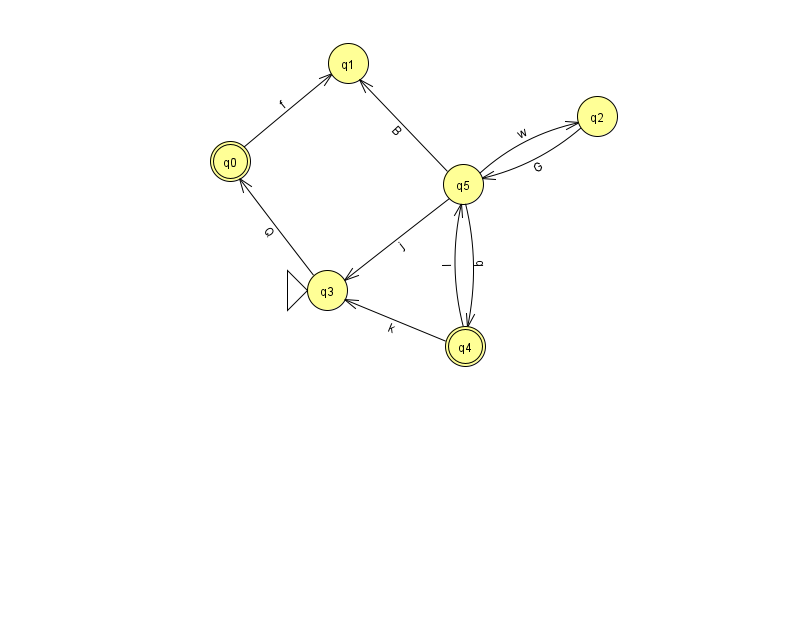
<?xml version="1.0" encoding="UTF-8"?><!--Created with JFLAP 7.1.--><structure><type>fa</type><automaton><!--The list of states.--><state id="0" name="q0"><x>230.0</x><y>148.0</y><final/></state><state id="1" name="q1"><x>348.0</x><y>50.0</y></state><state id="2" name="q2"><x>597.0</x><y>103.0</y></state><state id="3" name="q3"><x>327.0</x><y>277.0</y><initial/></state><state id="4" name="q4"><x>465.0</x><y>333.0</y><final/></state><state id="5" name="q5"><x>463.0</x><y>171.0</y></state><!--The list of transitions.--><transition><from>0</from><to>1</to><read>f</read></transition><transition><from>4</from><to>3</to><read>k</read></transition><transition><from>2</from><to>5</to><read>G</read></transition><transition><from>5</from><to>2</to><read>w</read></transition><transition><from>4</from><to>5</to><read>l</read></transition><transition><from>5</from><to>4</to><read>q</read></transition><transition><from>3</from><to>0</to><read>Q</read></transition><transition><from>5</from><to>3</to><read>j</read></transition><transition><from>5</from><to>1</to><read>B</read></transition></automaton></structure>